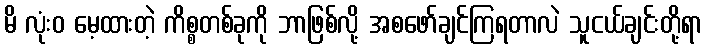
မိ လုံးဝ မေ့ထားတဲ့ ကိစ္စတစ်ခုကို ဘာဖြစ်လို့ အစဖော်ချင်ကြရတာလဲ သူငယ်ချင်းတို့ရာ